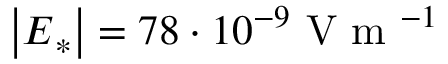
\left| \boldsymbol E _ { * } \right| = 7 8 \cdot 1 0 ^ { - 9 } \mathrm { ~ V ~ m ~ } ^ { - 1 }